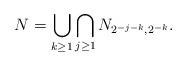
LaTeX: \begin{align*}N= \bigcup_{k \ge 1} \bigcap_{j \ge 1} N_{2^{-j-k}, 2^{-k}}. \end{align*}